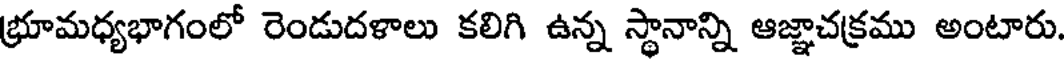
భ్రూమధ్యభాగంలో రెండుదళాలు కలిగి ఉన్న స్థానాన్ని ఆజ్ఞాచక్రము అంటారు.